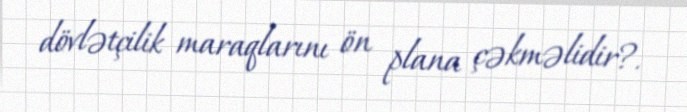
dövlətçilik maraqlarını ön plana çəkməlidir?.